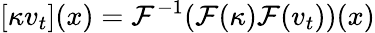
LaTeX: [\mathcal{\kappa}v_{t}](x)=\mathcal{F}^{-1}(\mathcal{F}(\kappa)\mathcal{F}(v_{t}))(x)